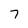
Character: 7